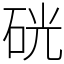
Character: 硄